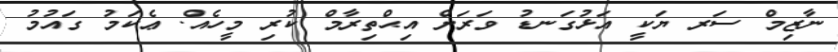
ނާޒިމް ސަރ ޔަކީ އަޅުގަނޑު ވަރަށް އިޙްތިރާމް ކުރި މީހެއް. ޢެކަމު ގައުމު